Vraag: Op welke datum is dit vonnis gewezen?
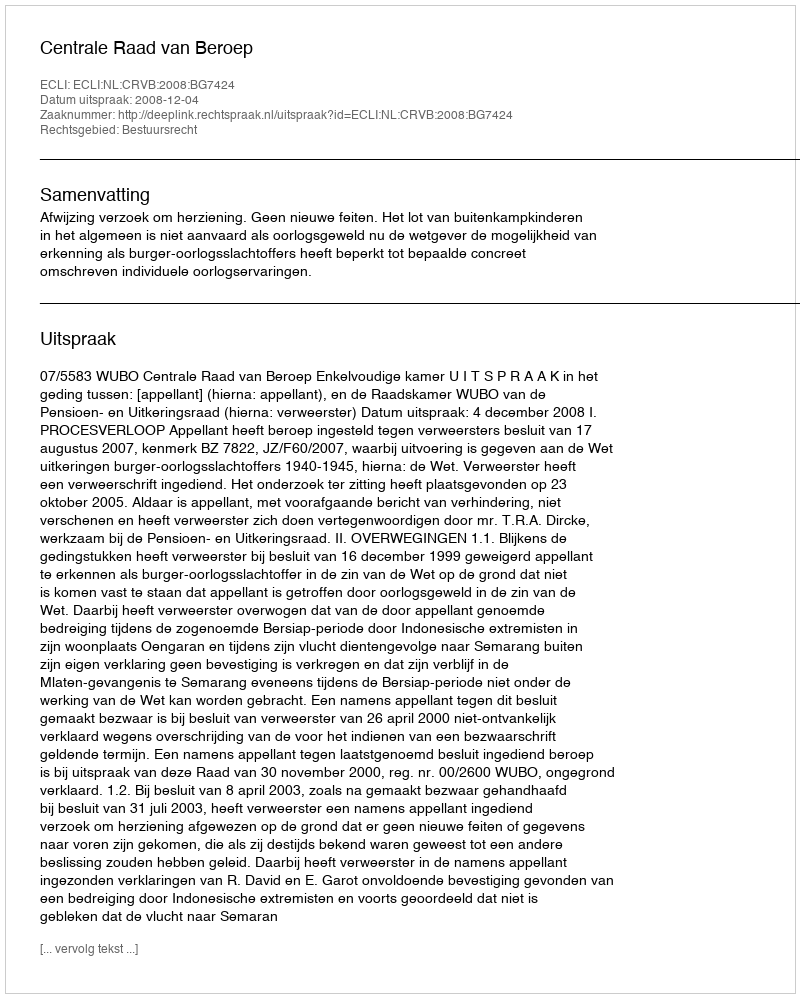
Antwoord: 2008-12-04